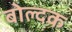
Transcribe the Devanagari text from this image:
बोल्दक